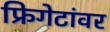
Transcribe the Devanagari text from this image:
फ्रिगेटांवर